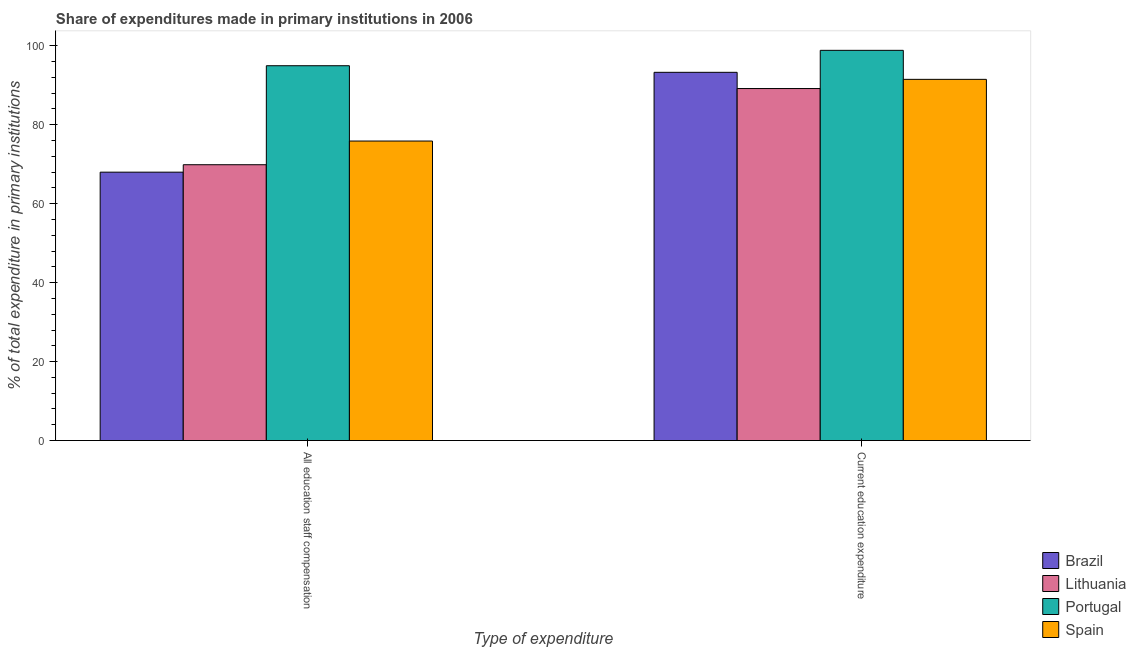
| Type of expenditure | Brazil | Lithuania | Portugal | Spain |
 | --- | --- | --- | --- | --- |
 | All education staff compensation | 68 | 69.9 | 94.9 | 75.9 |
 | Current education expenditure | 93.3 | 89.2 | 98.8 | 91.5 |